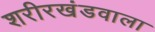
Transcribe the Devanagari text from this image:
शरीरखंडवाला